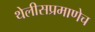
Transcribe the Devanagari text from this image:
थेलीसप्रमाणेच